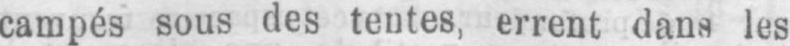
campés sous des tentes, errent dans les